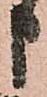
申